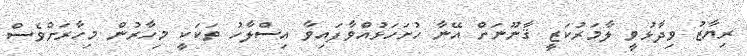
ރިޔާޒު ވިދާޅުވީ ލާމަރުކަޒީ ޤާނޫނަށް އޭނާ ހުށަހަޅުއްވާފައިވާ އިސްލާހު ތަކަކީ މިހާރުން މިހާރަށްވެސް